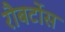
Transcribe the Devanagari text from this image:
रौबर्टोस